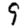
Digit: 9